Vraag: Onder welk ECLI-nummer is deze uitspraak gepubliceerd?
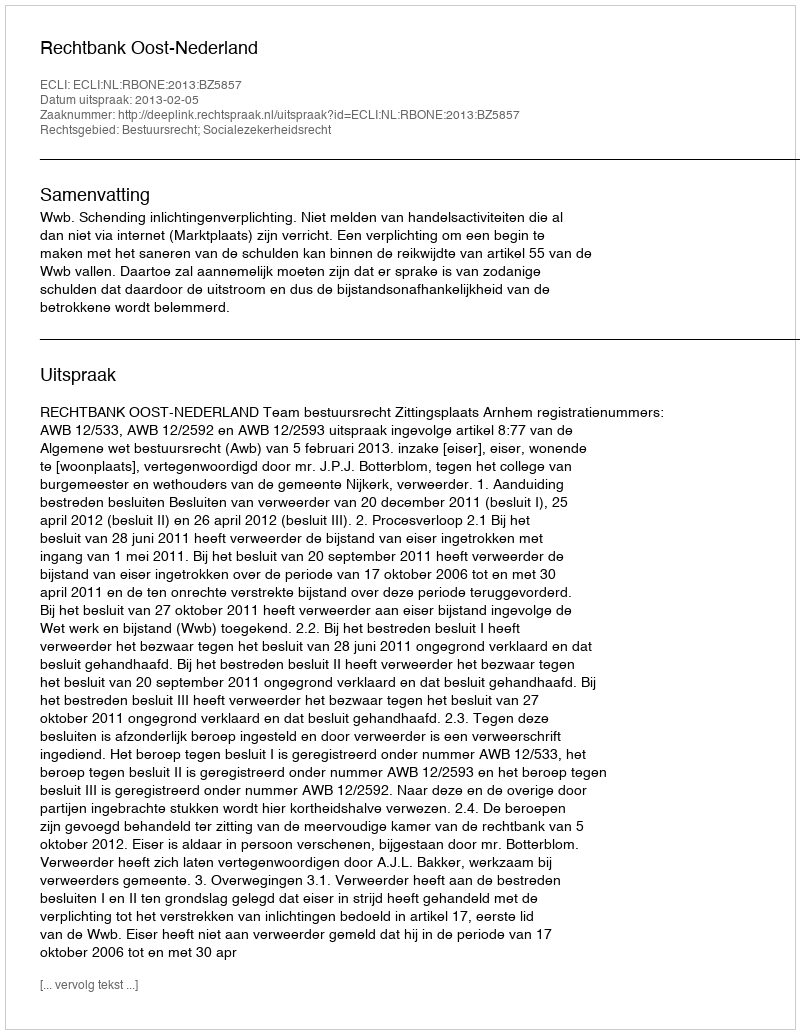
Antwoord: ECLI:NL:RBONE:2013:BZ5857